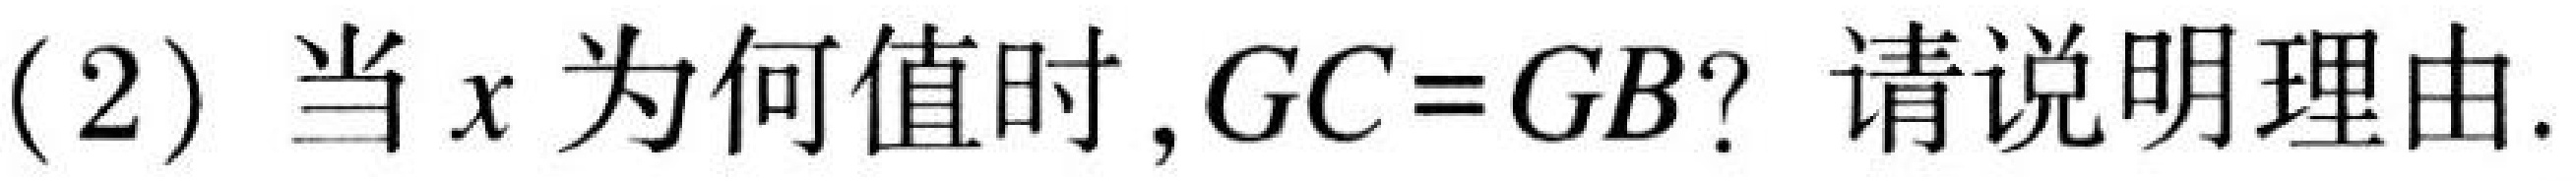
(2) 当\(x\)为何值时,\(GC = GB\)? 请说明理由.